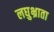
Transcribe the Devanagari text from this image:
लघुभ्राता